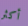
أكثر